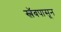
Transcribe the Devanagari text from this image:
स्लॅबपासून